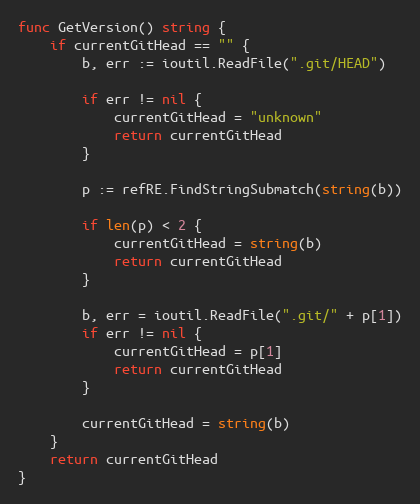
Language: Go
func GetVersion() string {
	if currentGitHead == "" {
		b, err := ioutil.ReadFile(".git/HEAD")

		if err != nil {
			currentGitHead = "unknown"
			return currentGitHead
		}

		p := refRE.FindStringSubmatch(string(b))

		if len(p) < 2 {
			currentGitHead = string(b)
			return currentGitHead
		}

		b, err = ioutil.ReadFile(".git/" + p[1])
		if err != nil {
			currentGitHead = p[1]
			return currentGitHead
		}

		currentGitHead = string(b)
	}
	return currentGitHead
}